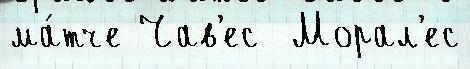
ма́тче Чав'ес  Морал'ес